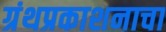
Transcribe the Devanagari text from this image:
ग्रंथप्रकाशनाचा